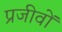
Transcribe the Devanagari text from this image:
प्रजीवों